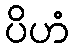
ပိဟံ